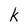
Character: k